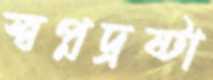
স্বপ্নদ্রষ্টা